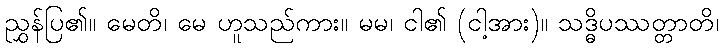
ညွှန်ပြ၏။ မေတိ၊ မေ ဟူသည်ကား။ မမ၊ ငါ၏ (ငါ့အား)။ သဒ္ဓိပဿတ္တာတိ၊